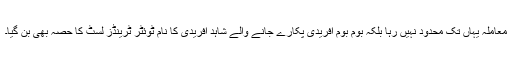
معاملہ یہاں تک محدود نہیں رہا بلکہ بوم بوم آفریدی پکارے جانے والے شاہد آفریدی کا نام ٹوئٹر ٹرینڈز لسٹ کا حصہ بھی بن گیا۔